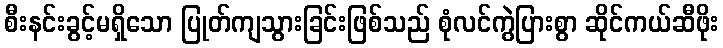
စီးနင်းခွင့်မရှိသော ပြုတ်ကျသွားခြင်းဖြစ်သည် စုံလင်ကွဲပြားစွာ ဆိုင်ကယ်ဆီဖိုး